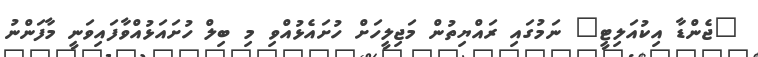
"ޖެންޑާ އިކުއަލިޓީ" ނަމުގައި ރައްޔިތުން މަޖިލީހަށް ހުށައެޅުއްވި މި ބިލް ހުށައަޅުއްވާފައިވަނީ މާފަންނު